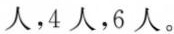
人，4人，6人。